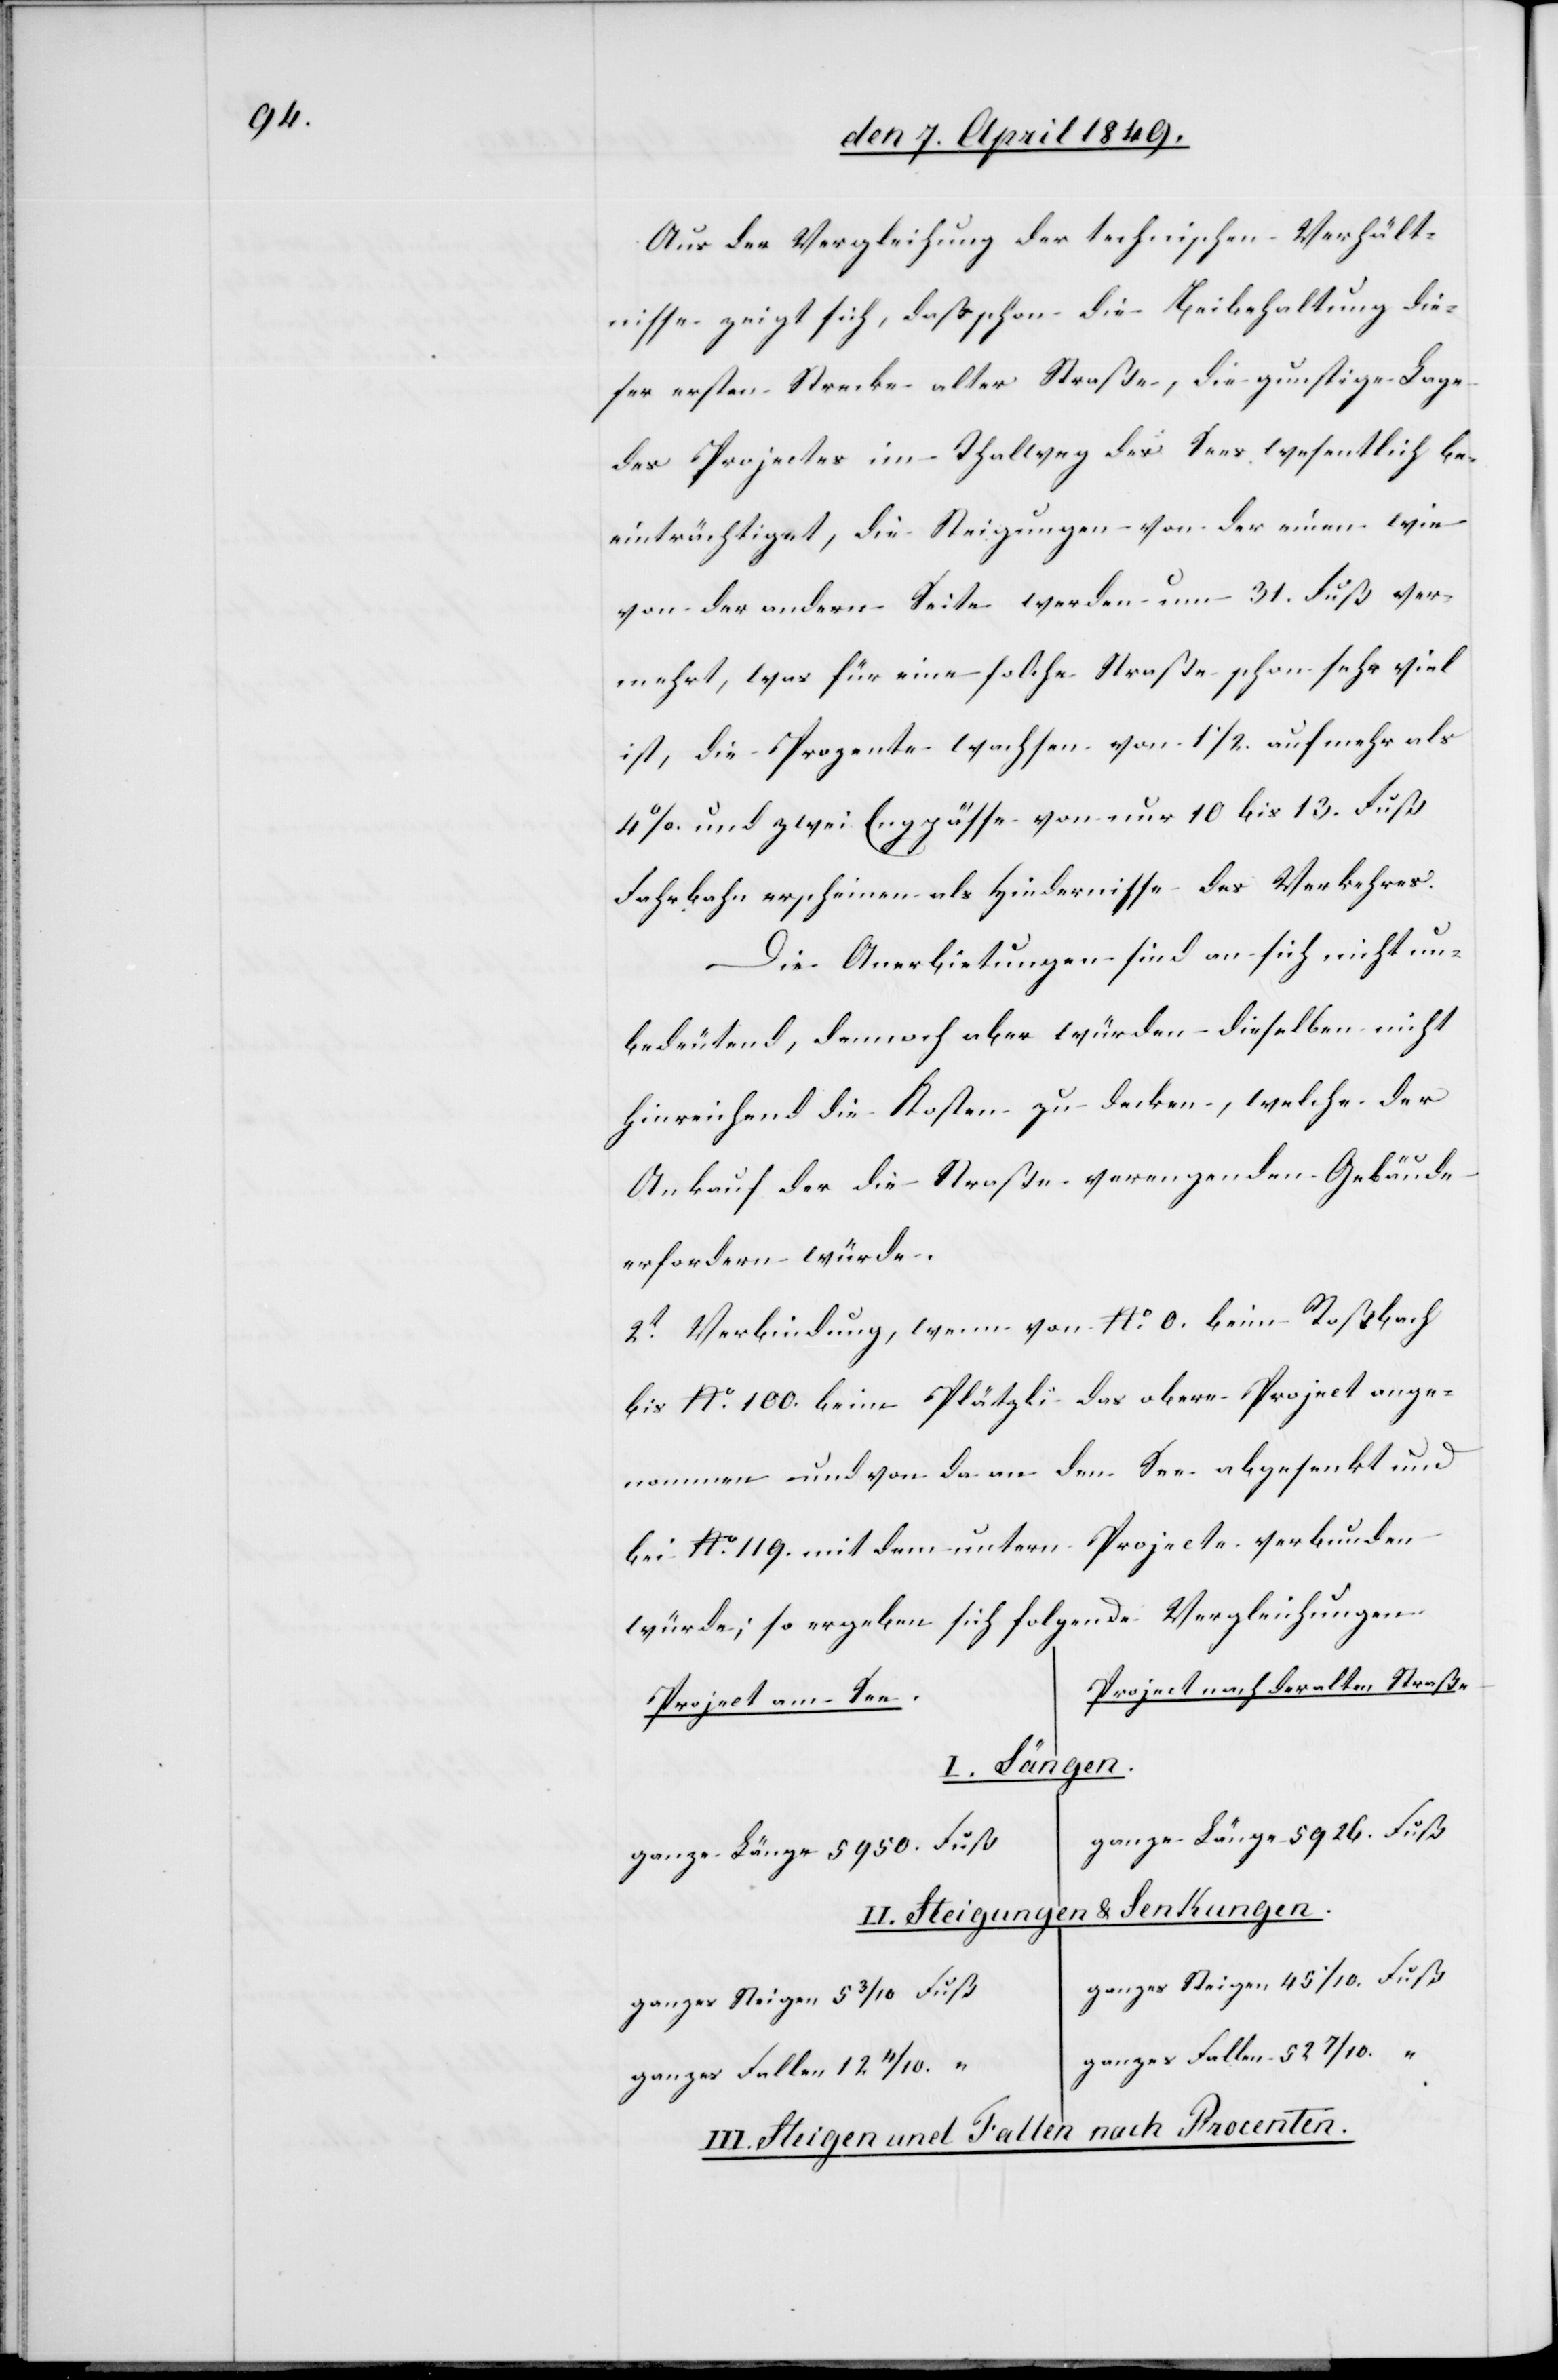
Aus der Vergleichung der technischen Verhält¬
nisse zeigt sich, daß schon die Beibehaltung die¬
ser ersten Strecke alter Straße, die gunstige Lage
des Projectes im Thalweg des Sees wesentlich be¬
einträchtiget, die Steigungen von der einen wie
von der andern Seite werden um 31. Fuß ver¬
mehrt, was für eine solche Straße schon sehr viel
ist, die Prozente wachsen von 1 1/2. auf mehr als
4 % und zwei Engpässe von nur 10 bis 13. Fuß
Fahrbahn erscheinen als Hindernisse des Verkehrs.
Die Anerbietungen sind an sich nicht un¬
Steigungen
bedeutend, dennoch aber würden dieselben nicht
hinreichend die Kosten zu decken [sic!], welche der
II.
Ankauf der die Straße verengenden Gebäude
erfordern würde.
2t Verbindung, wenn von No 0. beim Roßbach
bis No 100. beim Plätzli das obere Project ange¬
nommen und von da an den See abgesenkt und
bei No 119. mit dem untern Projecte verbunden
würde; so ergeben sich folgende Vergleichungen
Project der alten Straße
Project am See.
I. Längen.
ganze Länge 5926. Fuß
ganze Länge 5950. Fuß
& Lenkungen.
ganzes Steigen 45 1/10. Fuß
ganzes Steigen 5 3/10 Fuß
ganzes Fallen 52 7/10. “
III. Steigen und Fallen nach Procenten.